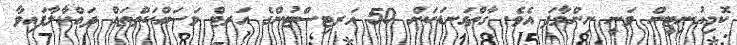
ކޮމިއުނިޓީން ވަނީ ނިންމާފަ އެވެ. ގާތްގަނޑަކަށް 50 އަރޓިސްޓުންގެ އަރޓް މަސައްކަތްތައް ދައްކާލާފައިވާ